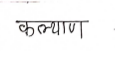
मजकूर: कल्याण